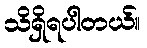
သိရှိရပါတယ်။